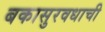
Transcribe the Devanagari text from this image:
बकासुरवधाची